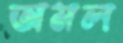
অমল